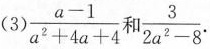
(3)\frac{a-1}{a^2+4a+4}和\frac{3}{2a^2-8}.